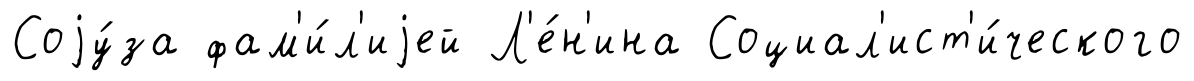
Соjу́за фам'и́л'иjей Л'е́н'ина Социал'ист'и́ческого